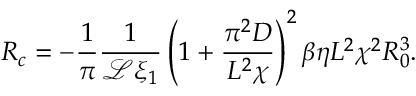
R _ { c } = - \frac { 1 } { \pi } \frac { 1 } { \mathcal { L } \xi _ { 1 } } \left( 1 + \frac { \pi ^ { 2 } D } { L ^ { 2 } \chi } \right) ^ { 2 } \beta \eta L ^ { 2 } \chi ^ { 2 } R _ { 0 } ^ { 3 } .